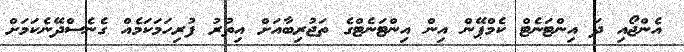
އެންޖޯއި ދަ އިންޓަނެޓް ކެމްޕޭން އިން އިންޓަނެޓްގެ ތަޖުރިބާއަށް އިތުރު ފުރިހަމަކަމެއް ގެނެސްދޭނެކަމަށް